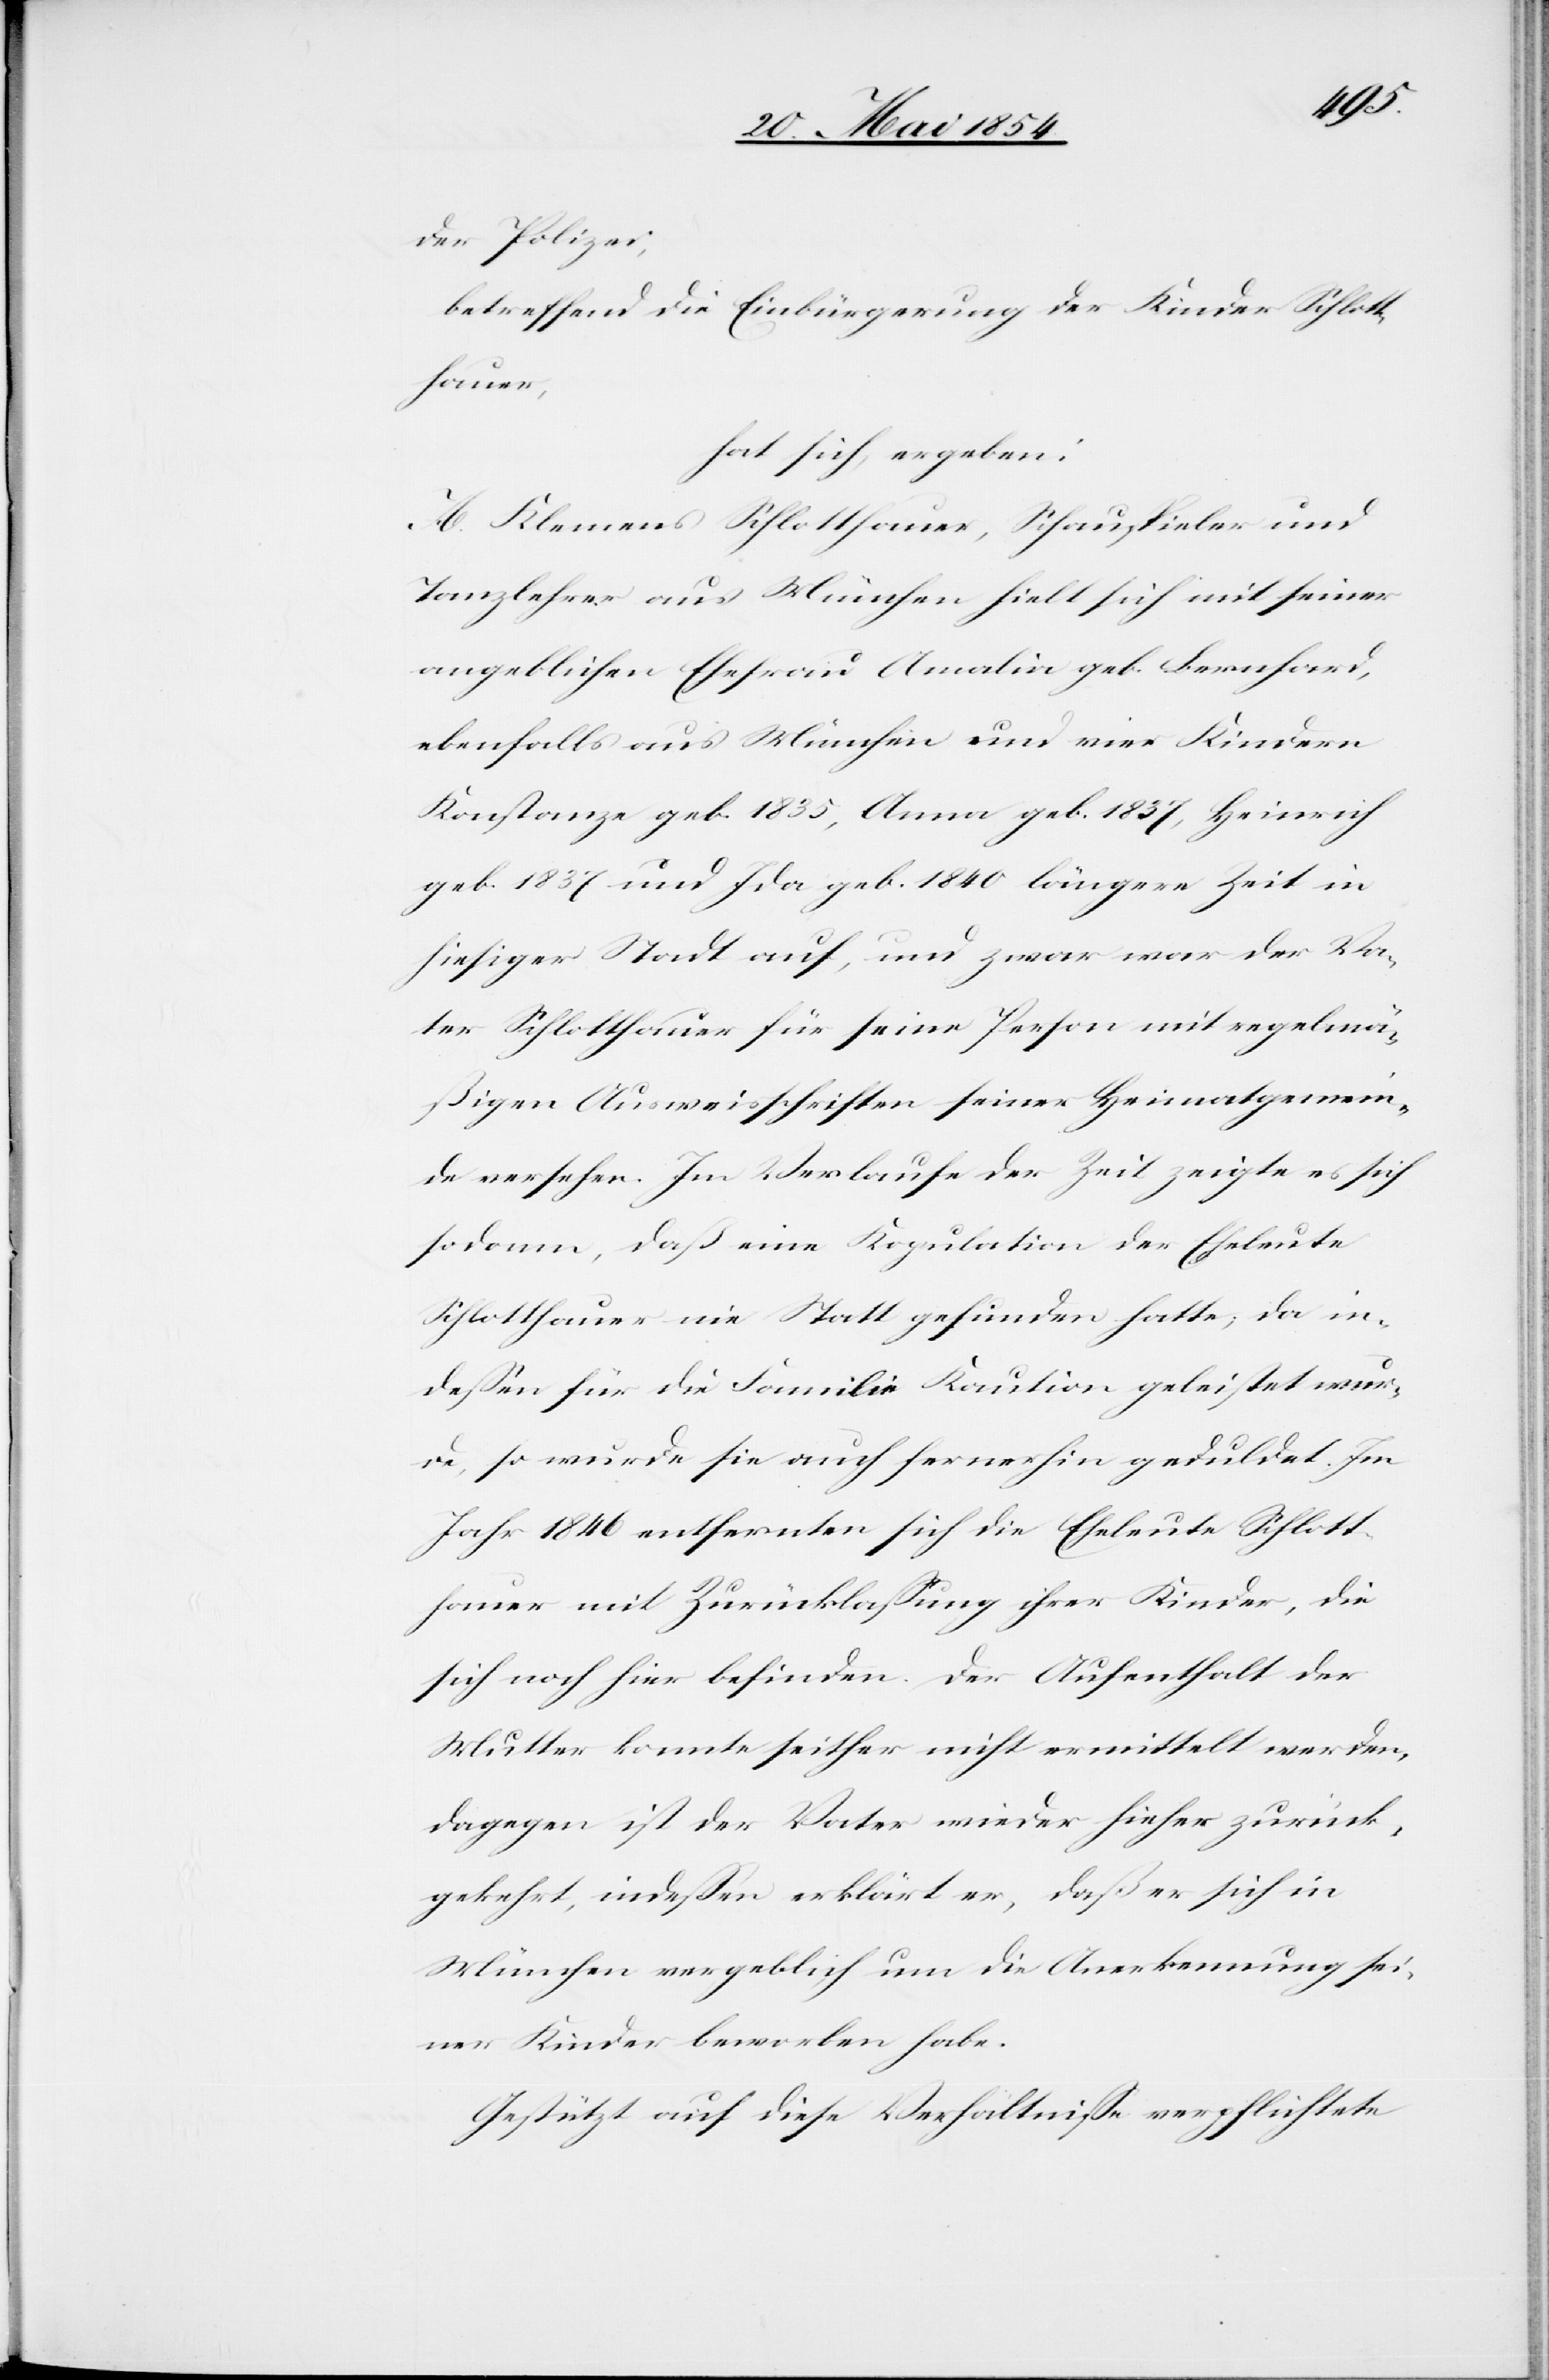
der Polizei,
betreffend die Einbürgerung der Kinder Schlott¬
hauer,
hat sich ergeben:
A. Klemens Schlotthauer, Schauspieler und
Tanzlehrer aus München hielt sich mit seiner
angeblichen Ehefrau Amalia geb. Bernhard,
ebenfalls aus München und vier Kindern
Konstanze geb. 1835, Anna geb. 1837, Heinrich
geb. 1837 und Ida geb. 1840 längere Zeit in
hiesiger Stadt auf, und zwar war der Va¬
ter Schlotthauer für seine Person mit regelmä¬
ßigen Ausweisschriften seiner Heimatgemein¬
de versehen. Im Verlaufe der Zeit zeigt es sich
sodann, daß eine Kopulation der Eheleute
Schlotthauer nie Statt gefunden hatte, da in¬
deßen für die Familie Kaution geleistet wur¬
de, so wurde sie auch fernerhin geduldet. Im
Jahr 1846 entfernten sich die Eheleute Schlott¬
hauer mit Zurücklaßung ihrer Kinder, die
sich noch hier befinden. Der Aufenthalt der
Mutter konnte seither nicht ermittelt werden,
dagegen ist der Vater wieder hieher zurück¬
gekehrt, indeßen erklärt er, daß er sich in
München vergeblich um die Anerkennung sei¬
ner Kinder beworben habe.
Gestützt auf diese Verhältniße verpflichtete